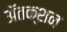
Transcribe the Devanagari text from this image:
ॲतक्शन